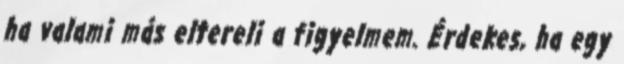
ha valami más eltereli a figyelmem. Érdekes, ha egy